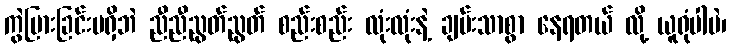
ကွဲပြားခြင်းမရှိဘဲ ညီညီညွတ်ညွတ် စည်းစည်း လုံးလုံးနဲ့ ချမ်းသာစွာ နေရတယ် လို့ ယူရုံပါပဲ၊